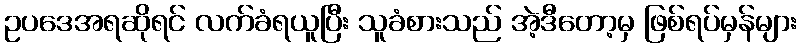
ဥပဒေအရဆိုရင် လက်ခံရယူပြီး သူခံစားသည် အဲ့ဒီတော့မှ ဖြစ်ရပ်မှန်များ